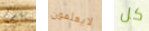
بقدم لايعلمون كل